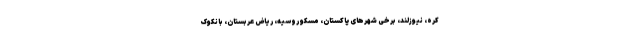
کره، نیوزلند، برخی شهرهای پاکستان، مسکو روسیه، ریاض عربستان، بانکوک